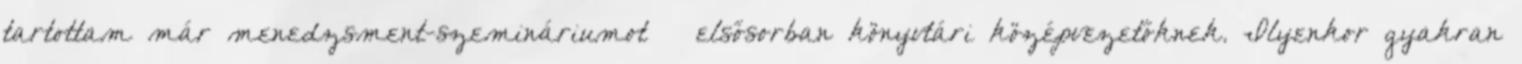
tartottam már menedzsment-szemináriumot — elsősorban könyvtári középvezetőknek. Ilyenkor gyakran